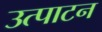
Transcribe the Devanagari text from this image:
उत्पाटन